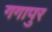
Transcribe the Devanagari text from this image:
गगापुर